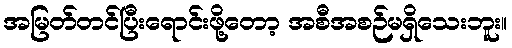
အမြတ်တင်ပြီးရောင်းဖို့တော့ အစီအစဉ်မရှိသေးဘူး။